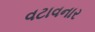
વટાવનાર